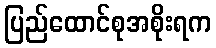
ပြည်ထောင်စုအစိုးရက